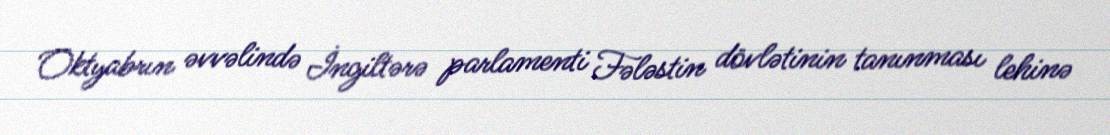
Oktyabrın əvvəlində İngiltərə parlamenti Fələstin dövlətinin tanınması lehinə